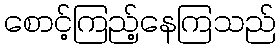
စောင့်ကြည့်နေကြသည်